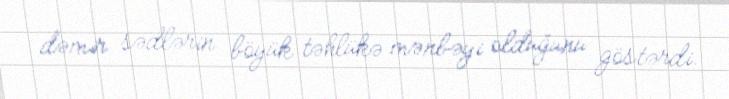
dəmir sədlərin böyük təhlükə mənbəyi olduğunu göstərdi.